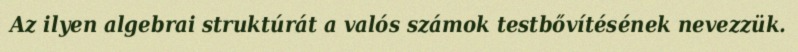
Az ilyen algebrai struktúrát a valós számok testbővítésének nevezzük.